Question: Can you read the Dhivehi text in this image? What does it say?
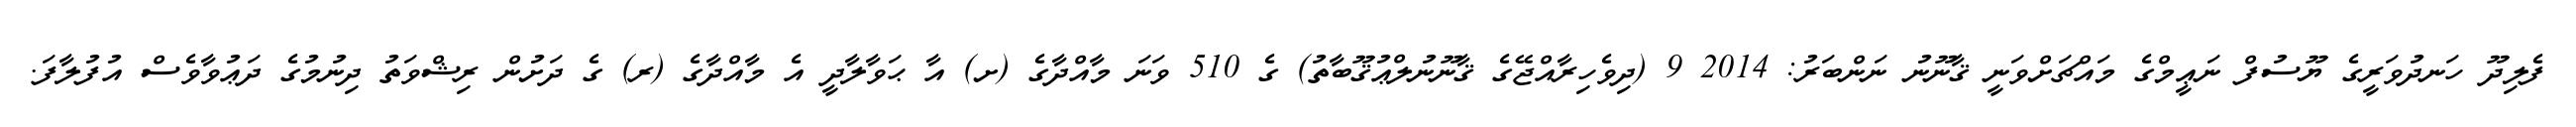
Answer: ފެލިދޫ ހަނދުވަރީގެ ޔޫސުފް ނަޢީމްގެ މައްޗަށްވަނީ ޤާނޫނު ނަންބަރު: 2014 9 (ދިވެހިރާއްޖޭގެ ޤާނޫނުލްޢުޤޫބާތު) ގެ 510 ވަނަ މާއްދާގެ (ށ) އާ ޙަވާލާދީ އެ މާއްދާގެ (ރ) ގެ ދަށުން ރިޝްވަތު ދިނުމުގެ ދަޢުވާވެސް އުފުލާފަ.